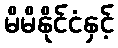
မိမိနိုင်ငံနှင့်